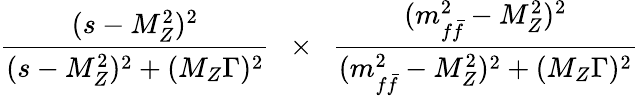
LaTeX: \frac{(s-M_{Z}^{2})^{2}}{(s-M_{Z}^{2})^{2}+(M_{Z}\Gamma)^{2}}~~\times~~\frac{(m_{f\bar{f}}^{2}-M_{Z}^{2})^{2}}{(m_{f\bar{f}}^{2}-M_{Z}^{2})^{2}+(M_{Z}\Gamma)^{2}}